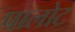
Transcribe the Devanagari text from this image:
पालोट